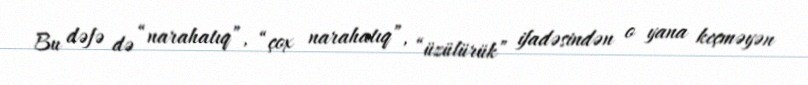
Bu dəfə də “narahatıq”, “çox narahatıq”, “üzülürük” ifadəsindən o yana keçməyən